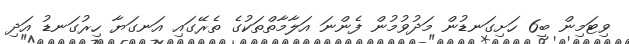
ވިޓަމިން ބީ6 ހަށިގަނޑުން މަދުވުމުން ފެންނަ އަލާމާތްތަކުގެ ތެރޭގައި އަނގަޔާ ހިރުގަނޑު އަދި